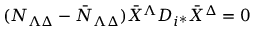
( { \cal N } _ { \Lambda \Delta } - { \bar { \cal N } } _ { \Lambda \Delta } ) { \bar { X } } ^ { \Lambda } D _ { i ^ { * } } { \bar { X } } ^ { \Delta } = 0